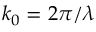
k _ { 0 } = 2 \pi / \lambda